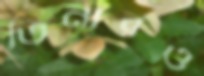
তিনারও